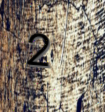
2